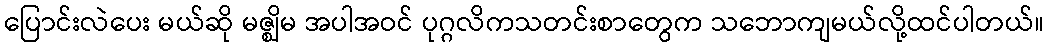
ပြောင်းလဲပေး မယ်ဆို မဇ္ဈိမ အပါအဝင် ပုဂ္ဂလိကသတင်းစာတွေက သဘောကျမယ်လို့ထင်ပါတယ်။